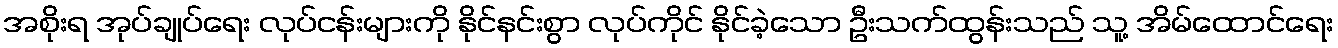
အစိုးရ အုပ်ချုပ်ရေး လုပ်ငန်းများကို နိုင်နင်းစွာ လုပ်ကိုင် နိုင်ခဲ့သော ဦးသက်ထွန်းသည် သူ့ အိမ်ထောင်ရေး